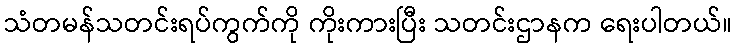
သံတမန်သတင်းရပ်ကွက်ကို ကိုးကားပြီး သတင်းဌာနက ရေးပါတယ်။